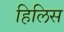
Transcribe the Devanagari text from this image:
हिलिस